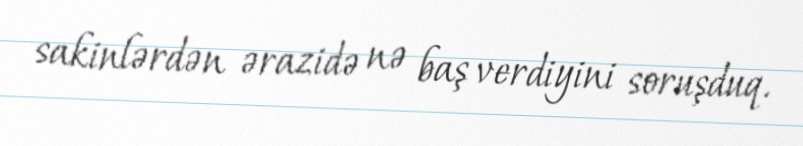
sakinlərdən ərazidə nə baş verdiyini soruşduq.